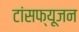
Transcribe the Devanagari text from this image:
टांसफ्यूजन